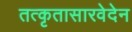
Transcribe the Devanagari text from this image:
तत्कृतासारवेदेन